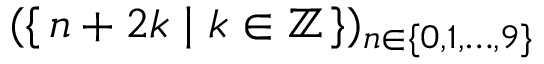
( \{ \, n + 2 k \mid k \in \mathbb { Z } \, \} ) _ { n \in \{ 0 , 1 , \ldots , 9 \} }